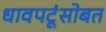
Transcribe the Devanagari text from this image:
धावपटूंसोबत